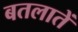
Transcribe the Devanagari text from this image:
बतलातें